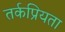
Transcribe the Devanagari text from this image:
तर्कप्रियता